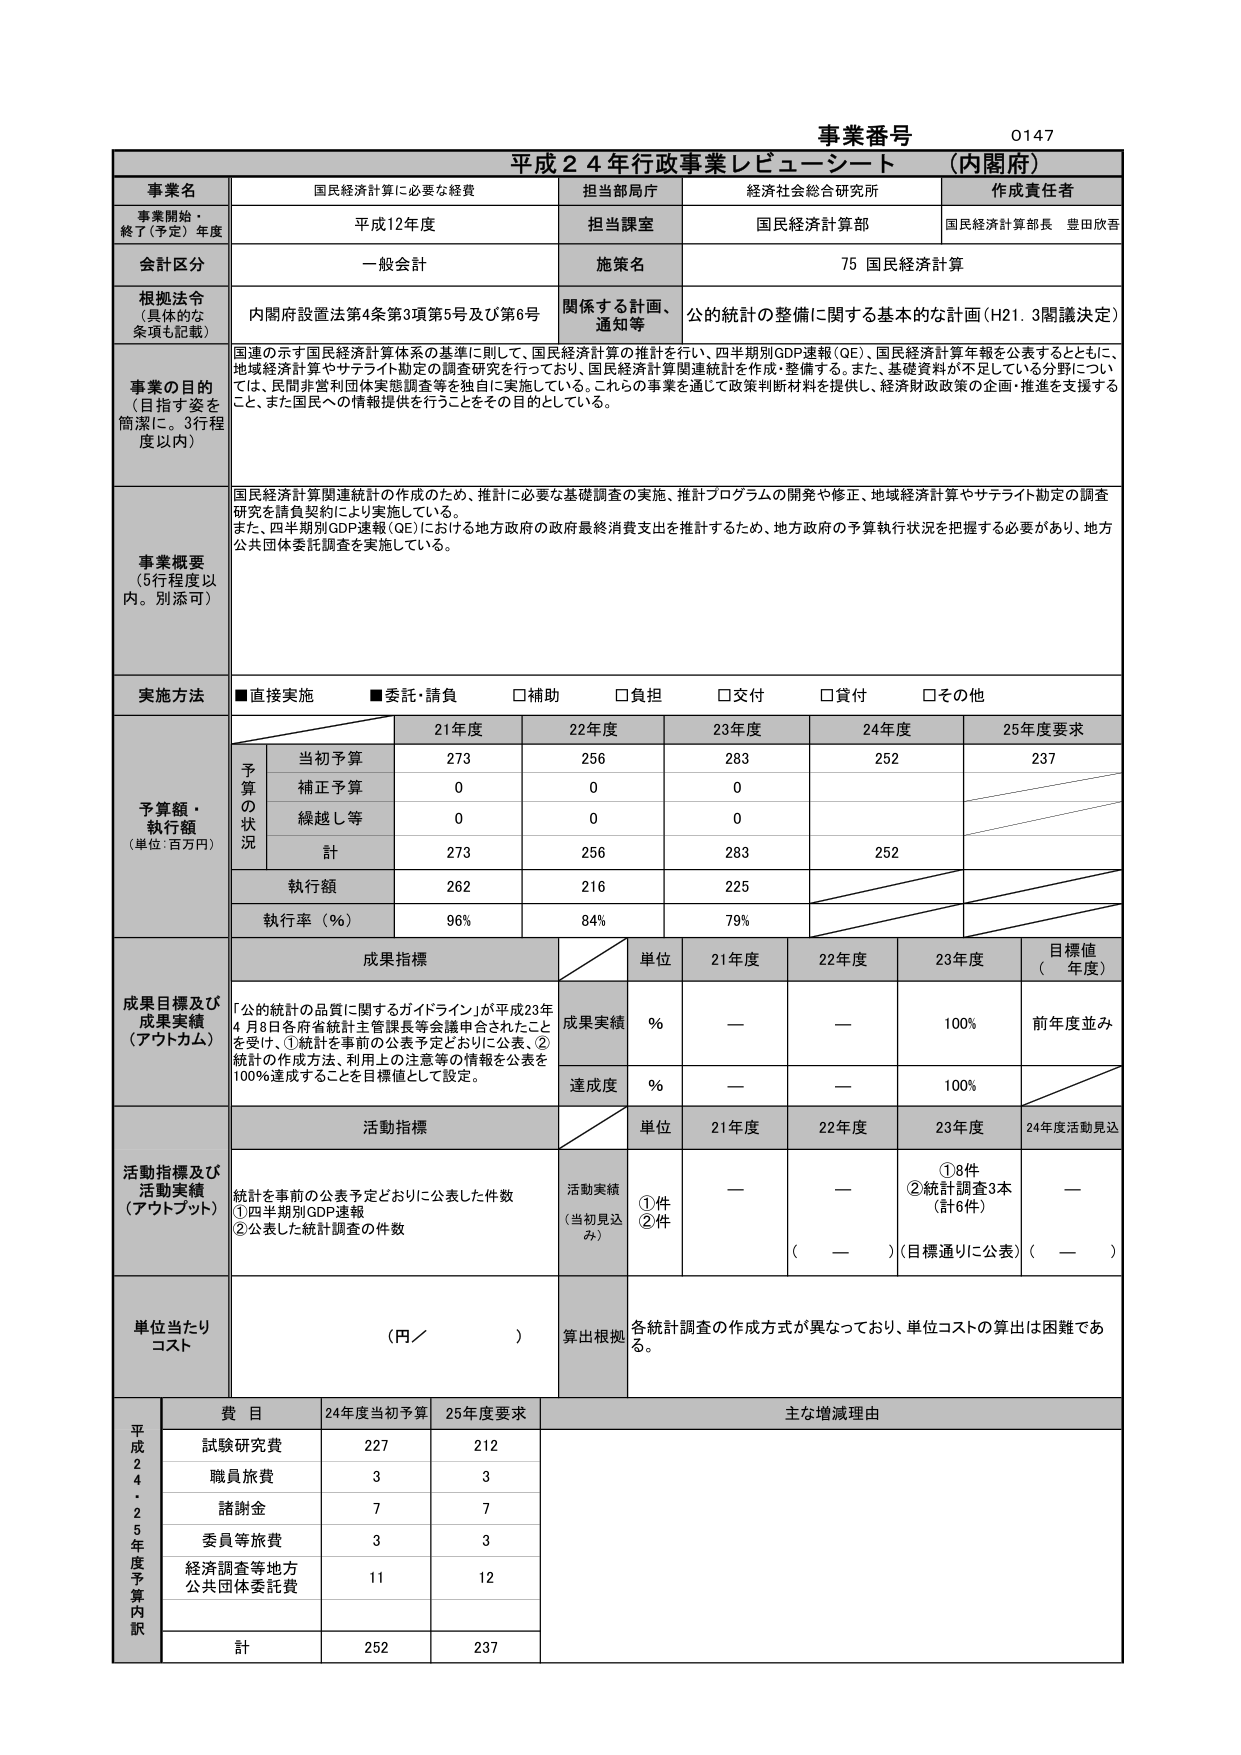
事業番号 0147
平成24年行政事業レビューシート（内閣府）

事業名 国民経済計算に必要な経費
担当部局庁 経済社会総合研究所
作成責任者 国民経済計算部長 豊田欣吾

事業開始・終了（予定）年度 平成12年度
担当課室 国民経済計算部

会計区分 一般会計
施策名 75 国民経済計算

根拠法令（具体的な条項も記載） 内閣府設置法第4条第3項第5号及び第6号
関係する計画・通知等 公的統計の整備に関する基本的な計画（H21.3閣議決定）

事業の目的（目指す姿を簡潔に。3行程度以内）
国連の示す国民経済計算体系の基準に則して、国民経済計算の推計を行い、四半期別GDP速報（QE）、国民経済計算年報を公表するとともに、地域経済計算やサテライト勘定の調査研究を行っており、国民経済計算関連統計を作成・整備する。また、基礎資料が不足している分野については、民間非営利団体実態調査等を独自に実施している。これらの事業を通じて政策判断材料を提供し、経済財政政策の企画・推進を支援すること、また国民への情報提供を行うことをその目的としている。

事業概要（5行程度以内。別添可）
国民経済計算関連統計の作成のため、推計に必要な基礎調査の実施、推計プログラムの開発や修正、地域経済計算やサテライト勘定の調査研究を請負契約により実施している。
また、四半期別GDP速報（QE）における地方政府の政府最終消費支出を推計するため、地方政府の予算執行状況を把握する必要があり、地方公共団体委託調査を実施している。

実施方法 ■直接実施 ■委託・請負 □補助 □負担 □交付 □貸付 □その他

予算額・執行額（単位：百万円）
予算の状況
21年度 22年度 23年度 24年度 25年度要求
当初予算 273 256 283 252 237
補正予算 0 0 0
繰越し等 0 0 0
計 273 256 283 252
執行額 262 216 225
執行率（％） 96% 84% 79%

成果目標及び成果実績（アウトカム）
成果指標
単位 21年度 22年度 23年度 目標値（年度）
成果実績 ％ — — 100% 前年度並み
達成度 ％ — — 100%

活動指標及び活動実績（アウトプット）
活動指標
単位 21年度 22年度 23年度 24年度活動見込
活動実績（当初見込み）
①件 ②件
— — ①8件 ②統計調査3本（計16件） —
（ — ）（目標通りに公表）（ — ）

単位当たりコスト（円／ ）
算出根拠 各統計調査の作成方式が異なっており、単位コストの算出は困難である。

平成24年度予算内訳
費目 24年度当初予算 25年度要求 主な増減理由
試験研究費 227 212
職員旅費 3 3
諸謝金 7 7
委員等旅費 3 3
経済調査等地方公共団体委託費 11 12
計 252 237